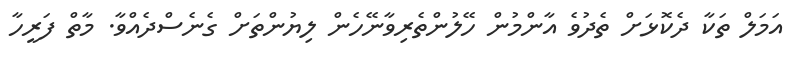
އަމަލް ތަކާ ދެކޮޅަށް ތެދުވެ އާންމުން ހޭލުންތެރިވާނޭހެން ލިޔުންތަށް ގެނެސްދެއްވާ. މާތް ފަރީހާ